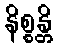
နိစ္စန္တိ